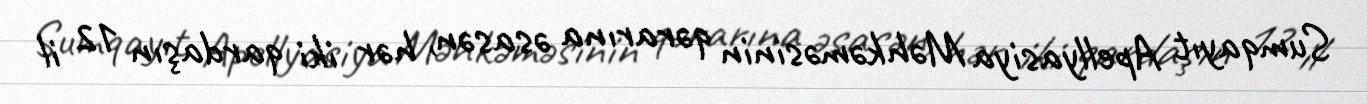
Sumqayıt Apellyasiya Məhkəməsinin qərarına əsasən, hər iki qardaşın 12 il